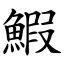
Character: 鰕